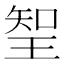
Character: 𭹖